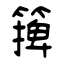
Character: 篺